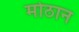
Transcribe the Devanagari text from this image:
मोठान